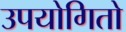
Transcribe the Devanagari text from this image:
उपयोगितो